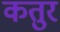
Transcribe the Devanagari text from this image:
कतुर